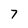
Character: 7